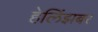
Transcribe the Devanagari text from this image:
हेलिंझबर